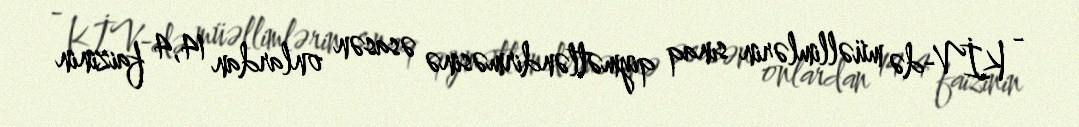
- KİV-də müəllimlərin sınaq qiymətləndirməsinə əsasən onlardan 14,4 faizinin